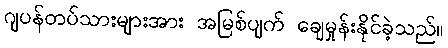
ဂျပန်တပ်သားများအား အမြစ်ပျက် ချေမှုန်းနိုင်ခဲ့သည်။